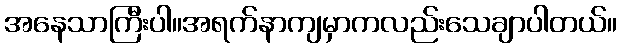
အနေသာကြီးပါ။အရက်နာကျမှာကလည်းသေချာပါတယ်။